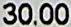
30.00